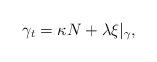
LaTeX: \begin{align*}\gamma_{t}=\kappa N+\lambda\xi|_{\gamma},\end{align*}